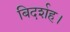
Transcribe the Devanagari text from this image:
बिदर्शह।